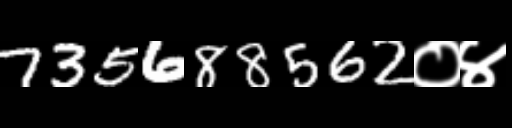
Text: 735688562०४